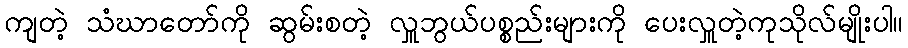
ကျတဲ့ သံဃာတော်ကို ဆွမ်းစတဲ့ လှူဘွယ်ပစ္စည်းများကို ပေးလှူတဲ့ကုသိုလ်မျိုးပါ။